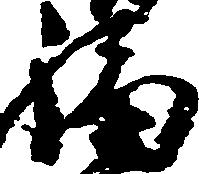
福